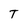
Character: T